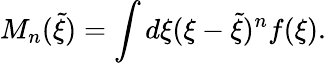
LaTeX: M_{n}(\tilde{\xi})=\int d\xi(\xi-\tilde{\xi})^{n}f(\xi).